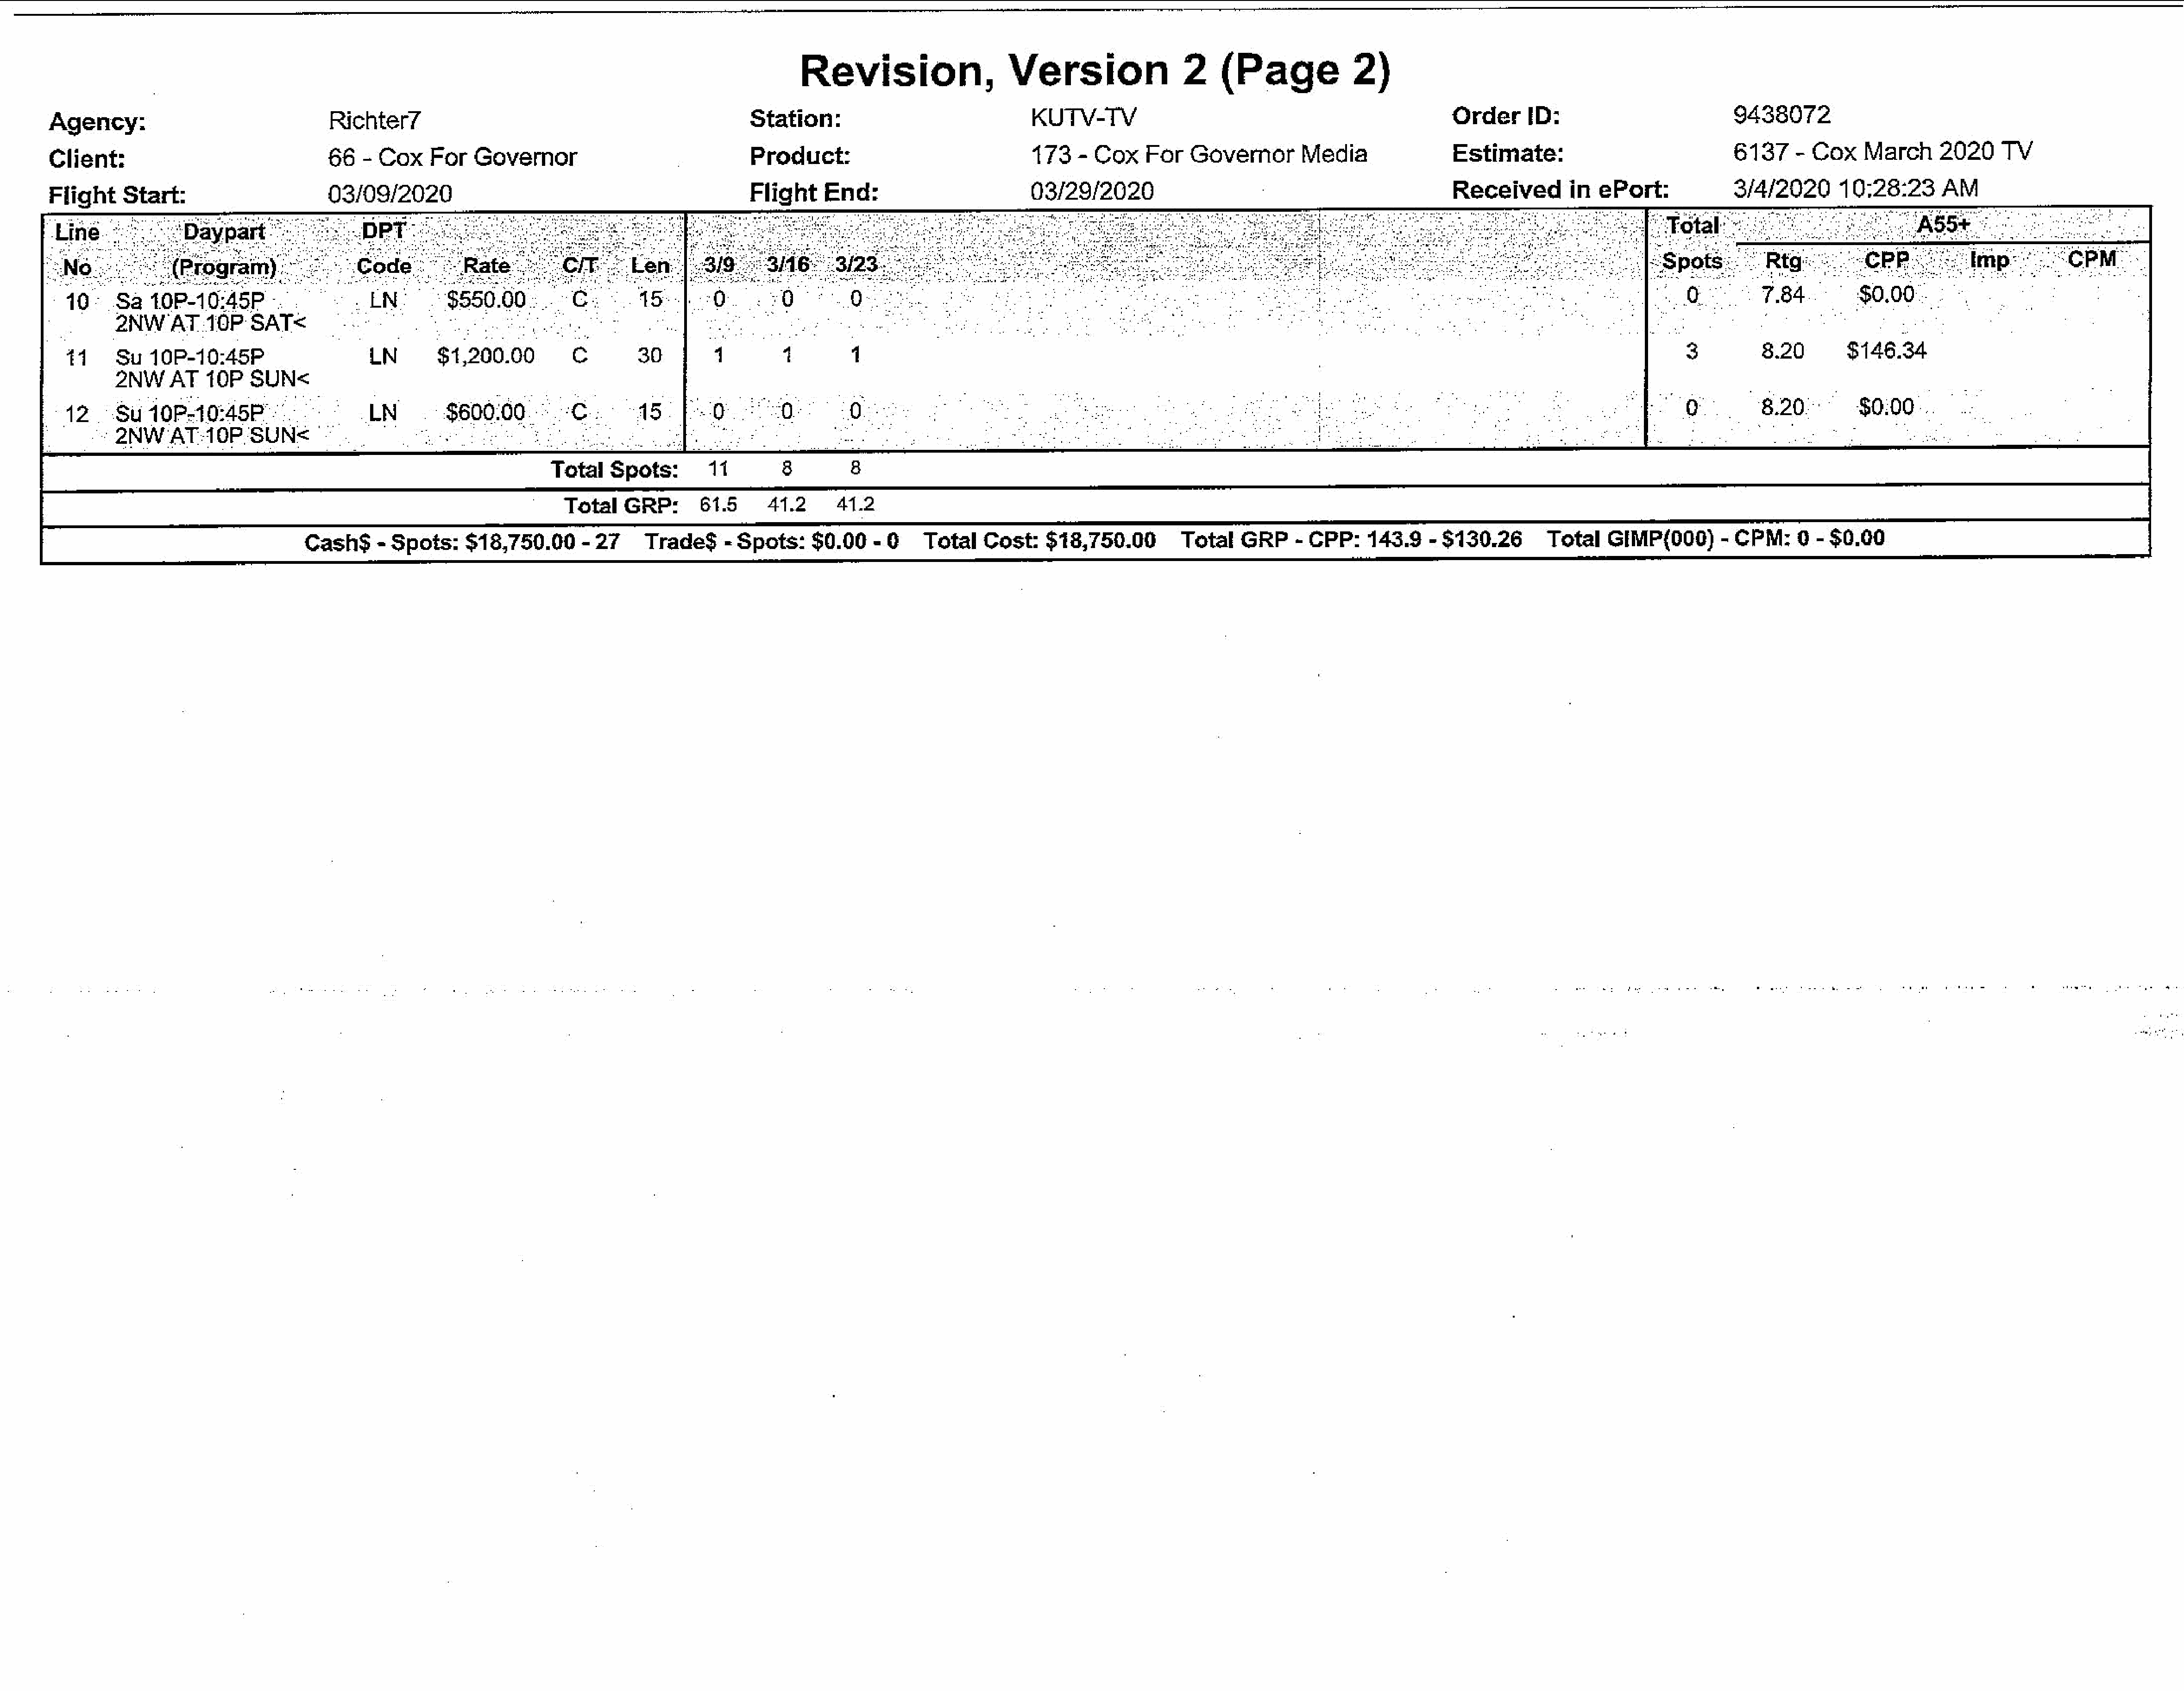
Revision,                    Version                  2     (Page              2)
 Agency:                                 Richter7                                                    Station:                                 KUTV-TV                                                     OrderID:                                9438072
 Client:                                 66   - Cox     For   Governor                               Product:                                 173   - Cox     For   Governor        Media                 Estimate:                               6137     - Cox    March      2020     TV
 Flight     Start:                       03/09/2020                                                  Flight     End:                         03/29/2020                                                                                           3/4/2020       10:28:23      AM
 Line             ‘Daypart             DPT          25                                                             as                      cS                   :         :                            Se                    &          Fotal’-     00              ASB
 40°     Sa   10P-10:45P                     LN.     $550.00
 2NW'AT.10P          SAT<
 41.    Su  10P-10:45P                      LN        $1,200.00          c
 2NW     AT    10P   SUN<
 12     Su  10P=10:45P                      LN         $600:00
 2NW     AT-10P.SUN<                             :          .
 Total   Spots:        11
 Total   GRP:       61.5      41.2      412
 Cash$     - Spots:     $18,750.00      -27      Trade$      - Spots:    $0.00-0         Total    Cost:    $18,750.00         Total   GRP     - CPP:     143.9   - $130.26        Total    GIMP(000)       - CPM:     0  - $0.00